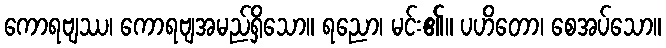
ကောရဗျဿ၊ ကောရဗျအမည်ရှိသော။ ရညော၊ မင်း၏။ ပဟိတော၊ စေအပ်သော။